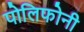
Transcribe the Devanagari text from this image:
पोलिफोनी